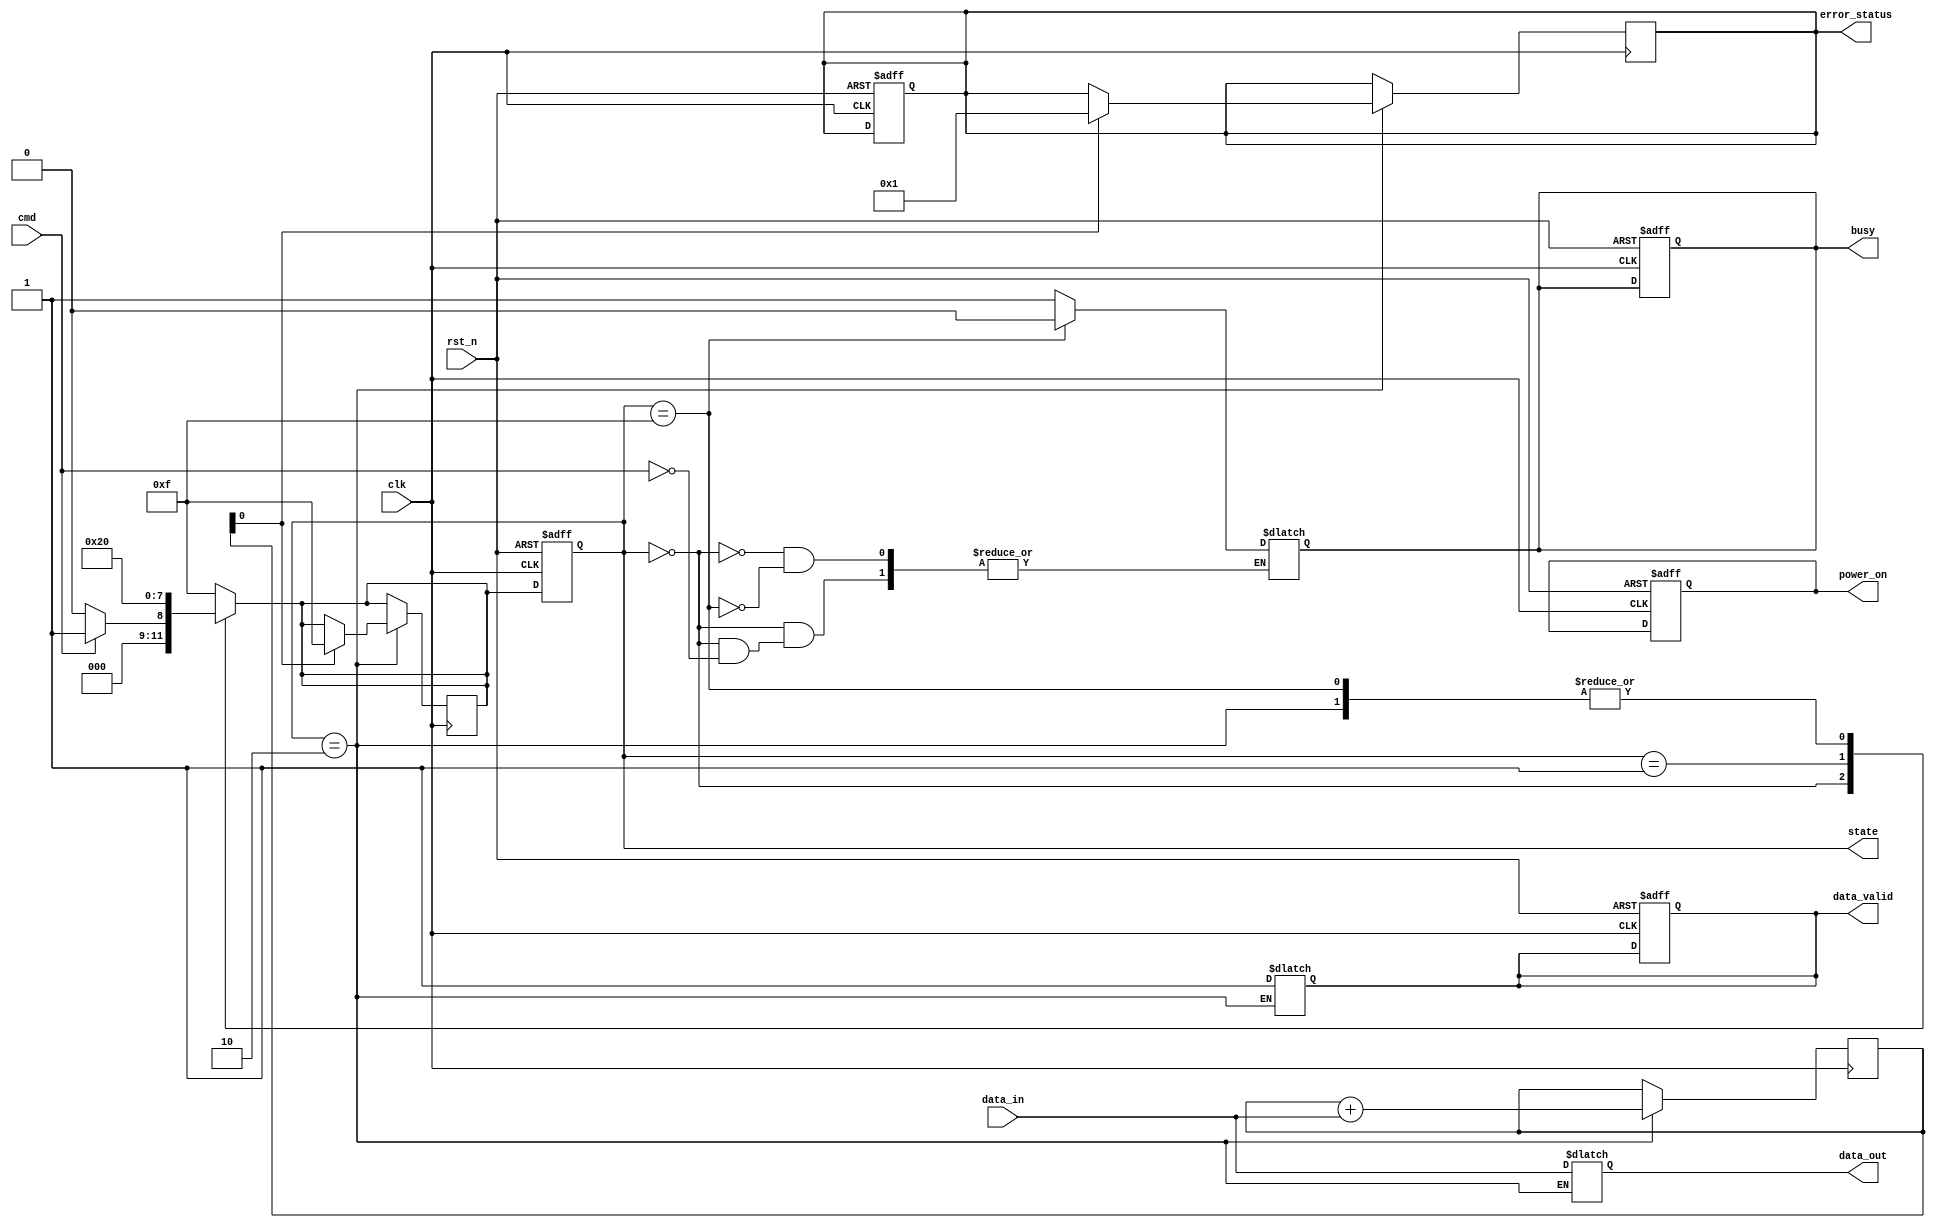
module sd_io_block (
    input wire clk,            // System clock
    input wire rst_n,          // Active low reset
    input wire cmd,            // Command line
    input wire [3:0] data_in,  // Data input lines (D0-D3)
    output reg [3:0] data_out,  // Data output lines (D0-D3)
    output reg data_valid,      // Data valid signal
    output reg busy,            // Busy signal
    output reg [7:0] error_status, // Error status register
    output reg power_on,        // Power control signal
    output reg [3:0] state      // Current state of the state machine
);

// State definitions
localparam IDLE            = 4'b0000;
localparam CMD_RECEIVE    = 4'b0001;
localparam DATA_TRANSFER   = 4'b0010;
localparam ERROR           = 4'b1111;

// Internal signals
reg [3:0] next_state;
reg [7:0] crc; // CRC register for error checking

// State machine for controlling the I/O block
always @(posedge clk or negedge rst_n) begin
    if (!rst_n) begin
        state <= IDLE;
        busy <= 0;
        data_valid <= 0;
        error_status <= 8'b0;
        power_on <= 1; // Power on by default
    end else begin
        state <= next_state;
    end
end

// Next state logic
always @(*) begin
    case (state)
        IDLE: begin
            if (cmd) begin
                next_state = CMD_RECEIVE;
                busy = 1;
            end else begin
                next_state = IDLE;
            end
        end
        
        CMD_RECEIVE: begin
            // Decode command and prepare for data transfer
            // For simplicity, we assume a command is always valid
            next_state = DATA_TRANSFER;
        end
        
        DATA_TRANSFER: begin
            // Simulate data transfer
            data_out = data_in; // Echo data for demonstration
            data_valid = 1; // Data is valid
            next_state = IDLE; // Return to idle after transfer
        end
        
        ERROR: begin
            // Handle error state
            busy = 0;
            next_state = IDLE;
        end
        
        default: begin
            next_state = ERROR; // Go to error state on unexpected state
        end
    endcase
end

// Error handling logic (simplified)
always @(posedge clk) begin
    if (state == DATA_TRANSFER) begin
        // Example CRC calculation (placeholder)
        crc <= crc + data_in; // Simple sum for demonstration
        if (crc[0] == 1'b1) begin
            error_status <= 8'b00000001; // Set error status
            next_state <= ERROR;
        end
    end
end

endmodule